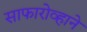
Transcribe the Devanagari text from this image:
साफारोव्हाने